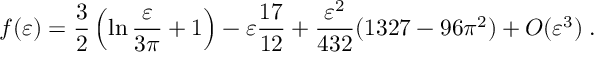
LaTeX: f ( \varepsilon ) = \frac { 3 } { 2 } \left( \ln \frac { \varepsilon } { 3 \pi } + 1 \right) - \varepsilon \frac { 1 7 } { 1 2 } + \frac { \varepsilon ^ { 2 } } { 4 3 2 } ( 1 3 2 7 - 9 6 \pi ^ { 2 } ) + O ( \varepsilon ^ { 3 } ) \; .